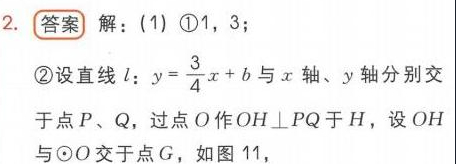
2. **答案** 解：(1) \textcircled{1}1，3；
\textcircled{2}设直线\(l\)：\(y = \frac{3}{4}x + b\)与\(x\)轴、\(y\)轴分别交于点\(P\)、\(Q\)，过点\(O\)作\(OH\perp PQ\)于\(H\)，设\(OH\)与\(\odot O\)交于点\(G\)，如图11，